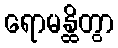
ရောမန္ထိတွာ